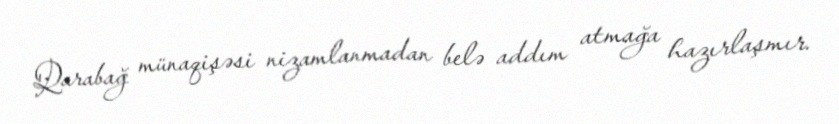
Qarabağ münaqişəsi nizamlanmadan belə addım atmağa hazırlaşmır.